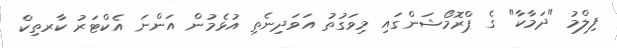
ފިލްމު "ދަމާކާ" ގެ ޕްރޮމޯޝަންގައި މިވަގުތު އަވަދިނެތި އުޅެމުން އަންނަ އެކްޓަރު ކާރތިކް